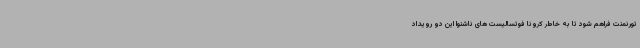
تورنمنت فراهم شود تا به خاطر کرونا فوتسالیست های ناشنوا این دو رویداد